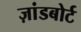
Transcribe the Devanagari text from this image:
ज़ांडबोर्ट